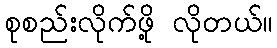
စုစည်းလိုက်ဖို့ လိုတယ်။